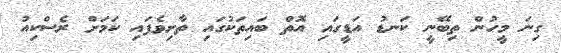
ގިނަ މީހުން ތިބޭނީ ކަނޑު އަޑީގައި އޮތް ބައިތަކުގައި ތާށިވެފައި ކަމަށް ރެސްކިއު